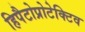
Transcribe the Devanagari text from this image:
हिपैटोप्रोटेक्टिव